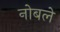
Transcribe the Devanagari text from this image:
नोबले